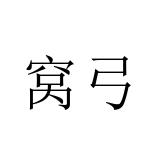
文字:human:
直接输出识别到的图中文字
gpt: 窝弓